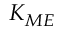
K _ { M E }